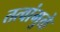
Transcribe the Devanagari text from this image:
तत्वांमुळे